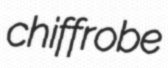
chiffrobe